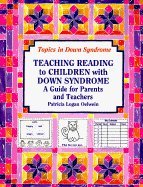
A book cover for Teaching Reading to Children With Down Syndrome : A Guide for Parents and Teachers; Health, Fitness & Dieting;